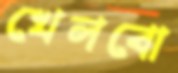
খেলবো